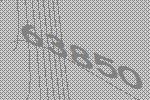
63850